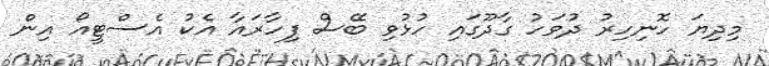
މިދިޔަ ހޮނިހިރު ދުވަހު ގާދޫގައި ހުޅުވި ބޭސް ފިހާރައާ އެކު އެސްޓީއޯ އިން